Burma Government Medical School reports 1923-41
Year: 1923
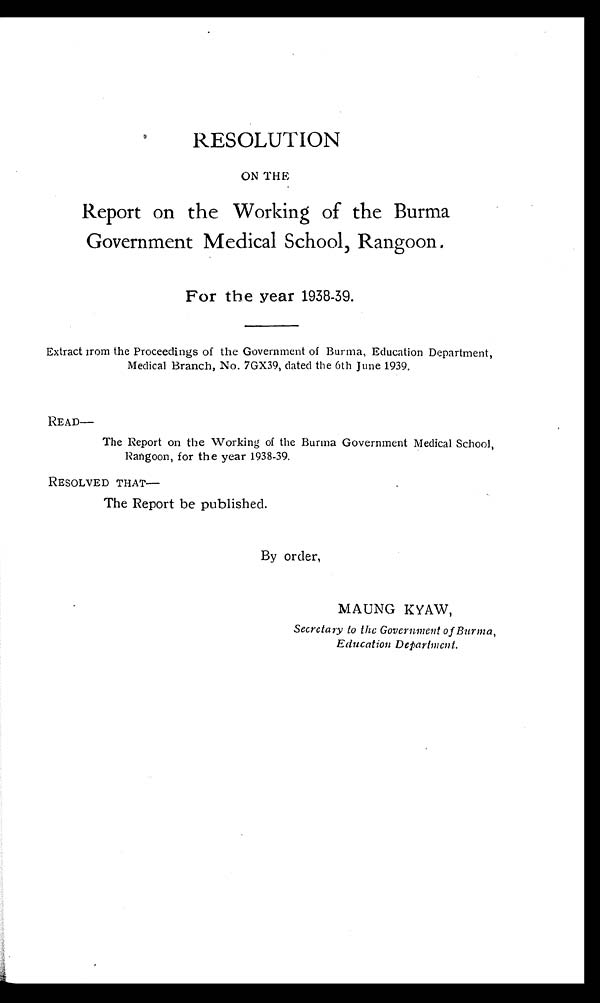
RESOLUTION
ON THE
Report on the Working of the Burma
Government Medical School, Rangoon.
For the year 1938-39.
Extract from the Proceedings of the Government of Burma, Education Department,
Medical Branch, No. 7GX39, dated the 6th June 1939.
READ—
The Report on the Working of the Burma Government Medical School,
Rangoon, for the year 1938-39.
RESOLVED THAT
—
The Report be published.
By order,
MAUNG KYAW,
Secretary to the Government of Burma,
Education Department.